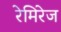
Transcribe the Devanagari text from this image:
रेमिरेज